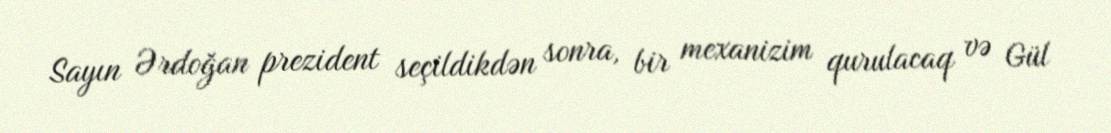
Sayın Ərdoğan prezident seçildikdən sonra, bir mexanizim qurulacaq və Gül